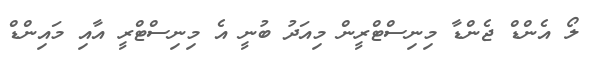
ލޯ އެންޑް ޖެންޑާ މިނިސްޓްރީން މިއަދު ބުނީ އެ މިނިސްޓްރީ އާއި މައިންޑް